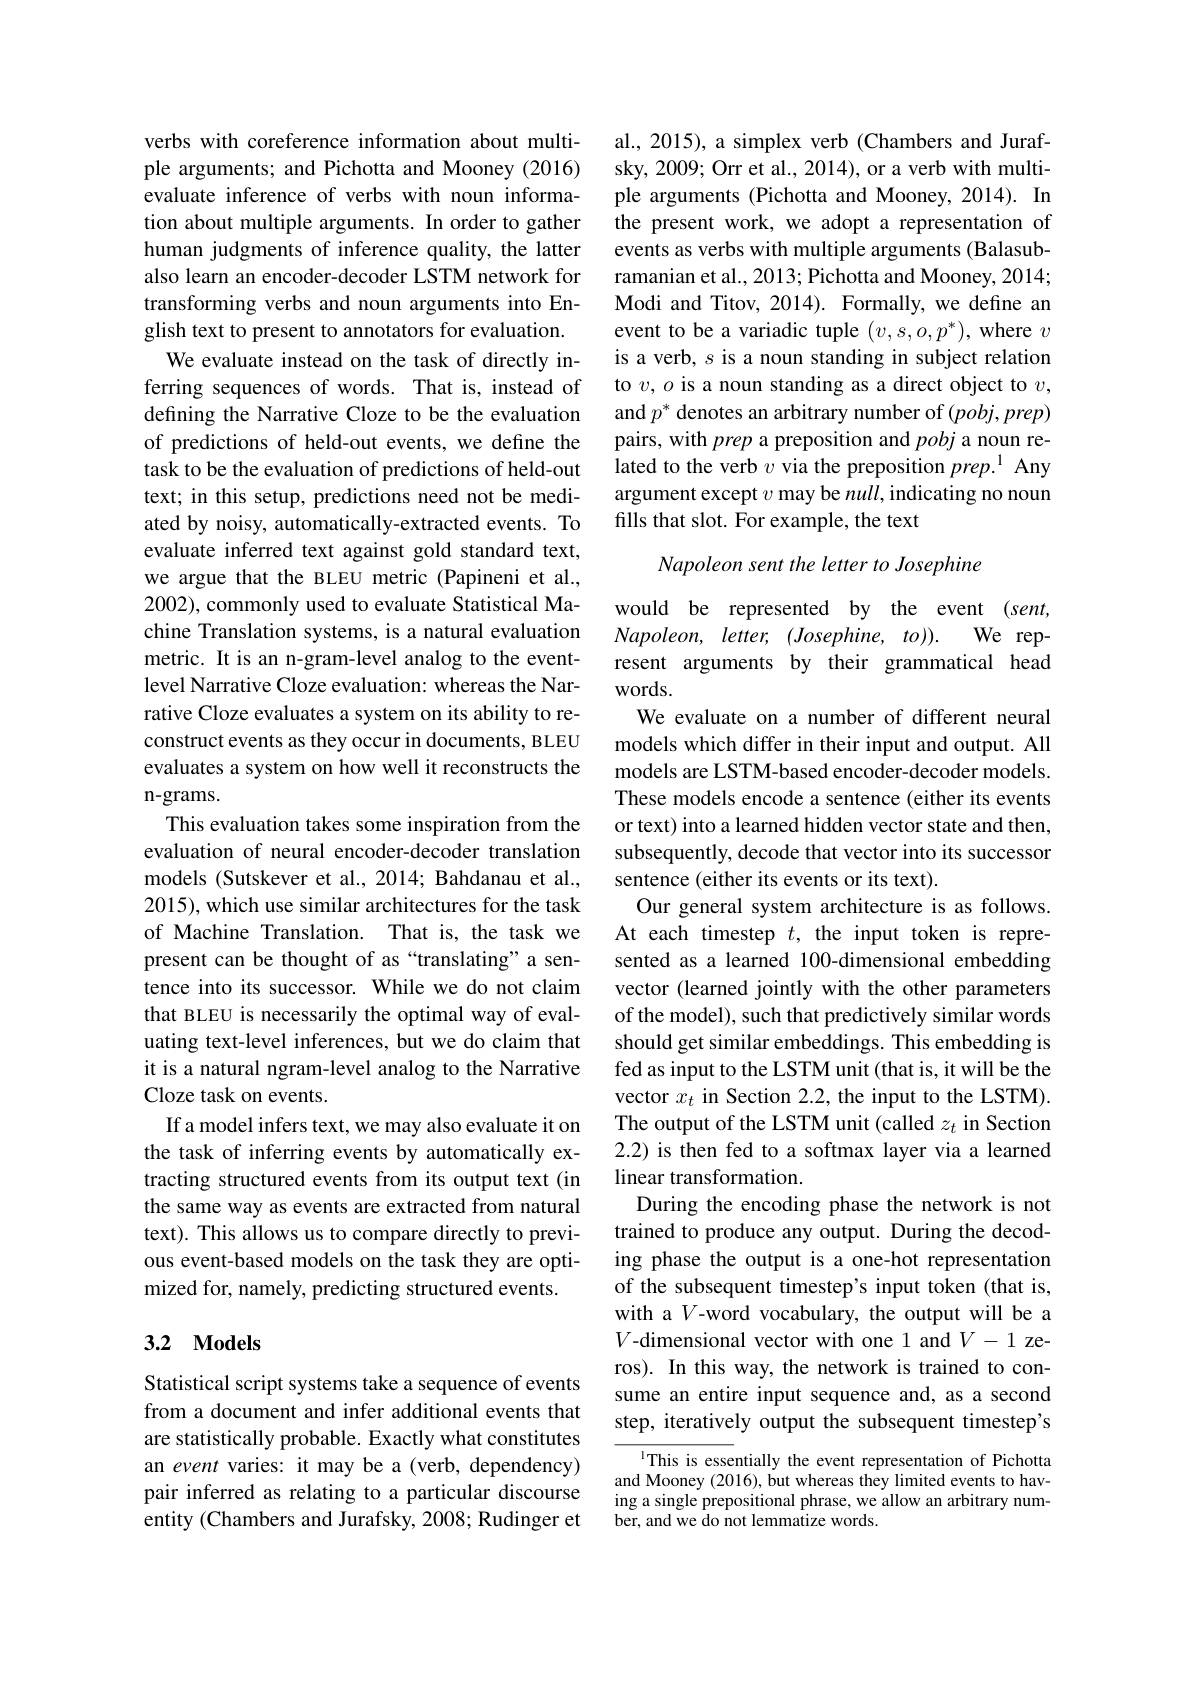
verbs with coreference information about multiple arguments; and Pichotta and Mooney (2016) evaluate inference of verbs with noun information about multiple arguments. In order to gather human judgments of inference quality, the latter also learn an encoder-decoder LSTM network for transforming verbs and noun arguments into English text to present to annotators for evaluation.
We evaluate instead on the task of directly inferring sequences of words. That is, instead of defining the Narrative Cloze to be the evaluation of predictions of held-out events, we define the task to be the evaluation of predictions of held-out text; in this setup, predictions need not be mediated by noisy, automatically-extracted events. To evaluate inferred text against gold standard text, we argue that the BLEU metric (Papineni et al., 2002), commonly used to evaluate Statistical Machine Translation systems, is a natural evaluation metric. It is an n-gram-level analog to the eventlevel Narrative Cloze evaluation: whereas the Narrative Cloze evaluates a system on its ability to reconstruct events as they occur in documents, BLEU evaluates a system on how well it reconstructs the n-grams.
This evaluation takes some inspiration from the evaluation of neural encoder-decoder translation models (Sutskever et al., 2014; Bahdanau et al., 2015), which use similar architectures for the task of Machine Translation. That is, the task we present can be thought of as “translating”a sentence into its successor. While we do not claim that BLEU is necessarily the optimal way of evaluating text-level inferences, but we do claim that it is a natural ngram-level analog to the Narrative Cloze task on events.
If a model infers text, we may also evaluate it on the task of inferring events by automatically extracting structured events from its output text (in the same way as events are extracted from natural text). This allows us to compare directly to previous event-based models on the task they are optimized for, namely, predicting structured events.

## 3.2 $\mathbf{Models}$

Statistical script systems take a sequence of events from a document and infer additional events that are statistically probable. Exactly what constitutes an event varies: it may be a (verb, dependency) pair inferred as relating to a particular discourse entity (Chambers and Jurafsky, 2008; Rudinger et

al., 2015), a simplex verb (Chambers and Jurafsky, 2009; Orr et al., 2014), or a verb with multiple arguments (Pichotta and Mooney, 2014). In the present work, we adopt a representation of events as verbs with multiple arguments (Balasubramanian et al., 2013; Pichotta and Mooney, 2014; Modi and Titov, 2014). Formally, we define an event to be a variadic tuple $(v,s,o,p^*)$, where $v$ is a verb, $s$ is a noun standing in subject relation to $v,o$ is a noun standing as a direct object to $v$, and $p^*$ denotes an arbitrary number of $(pobj,prep)$ pairs, with prep a preposition and pobj a noun related to the verb $v$ via the preposition $prep.^{1}$ Any argument except $v$ may be null, indicating no noun fills that slot. For example, the text

Napoleon sent the letter to Josephine

would be represented by the event (sent, Napoleon, letter, (Josephine, to)). We represent arguments by their grammatical head words.
We evaluate on a number of different neural models which differ in their input and output. All models are LSTM-based encoder-decoder models. These models encode a sentence (either its events or text) into a learned hidden vector state and then, subsequently, decode that vector into its successor sentence (either its events or its text).
Our general system architecture is as follows. At each timestep $t$, the input token is represented as a learned 100-dimensional embedding vector (learned jointly with the other parameters of the model), such that predictively similar words should get similar embeddings. This embedding is fed as input to the LSTM unit (that is, it will be the vector $x_t$ in Section 2.2, the input to the LSTM). The output of the LSTM unit (called $z_t$ in Section 2.2) is then fed to a softmax layer via a learned linear transformation.
During the encoding phase the network is not trained to produce any output. During the decoding phase the output is a one-hot representation of the subsequent timestep's input token (that is, with a $V$-word vocabulary, the output will be a $V$-dimensional vector with one 1 and $V-1$ zeros). In this way, the network is trained to consume an entire input sequence and, as a second step, iteratively output the subsequent timestep's
IThis is essentially the event representation of Pichotta and Mooney (2016), but whereas they limited events to hav-

ing a single prepositional phrase, we allow an arbitrary num-
ber, and we do not lemmatize words.